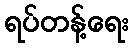
ရပ်တန့်ရေး